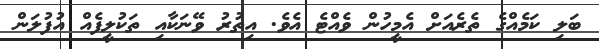
ބަލި ކަމެއްގެ ތެރެއަށް އެމީހުން ވެއްޓެ އެވެ. އިތުރު ވޭނަކާއި ތަކުލީފެއް އުފުލަން